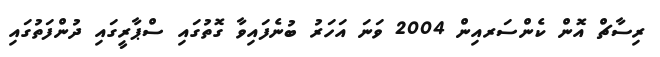
ރިސާޗް އޮން ކެންސަރއިން 2004 ވަނަ އަހަރު ބުނެފައިވާ ގޮތުގައި ސްޕާރީގައި ދުންފަތުގައި